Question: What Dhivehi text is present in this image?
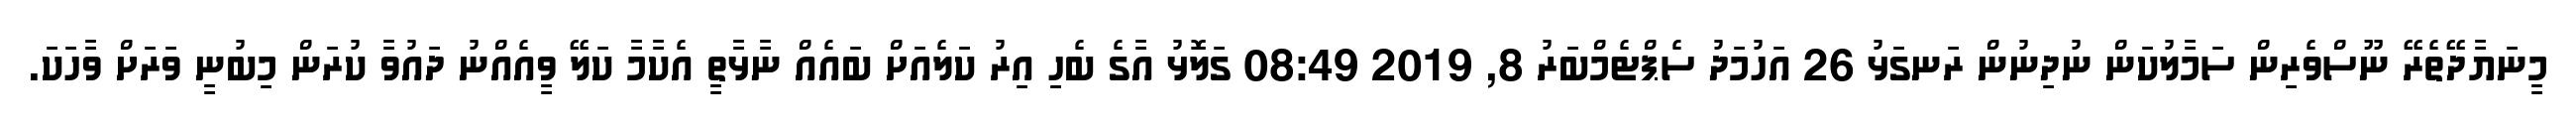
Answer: މީނަޔާދޭތެރޭ ނޫސްވެރިން ސަމާލުކަން ނުދިނުން ރަނގަޅު 26 އަހުމަދު ސެޕްޓެމްބަރު 8, 2019 08:49 ގަލޮޅު އާގެ ބެހި އިރު ކަލެއަށް ބައެއް ނާޅާތީ އެކާމާ ކަލޭ ވީއެއްނު ދައުވާ ކުރަން މިބުނީ ވަރަށް ވާހަކަ.